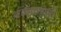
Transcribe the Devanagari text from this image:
आंबवण्याकडची